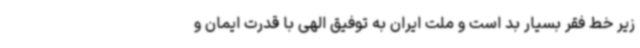
زیر خط فقر بسیار بد است و ملت ایران به توفیق الهی با قدرت ایمان و